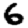
Digit: 6